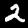
Digit: 2